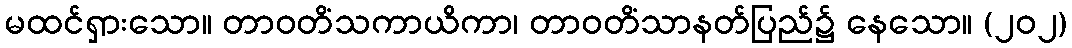
မထင်ရှားသော။ တာဝတိံသကာယိကာ၊ တာဝတိံသာနတ်ပြည်၌ နေသော။ (၂၀၂)